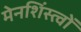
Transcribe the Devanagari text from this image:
मेनशिंस्त्वों